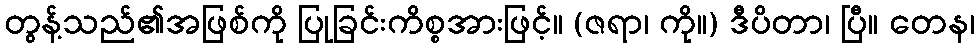
တွန့်သည်၏အဖြစ်ကို ပြုခြင်းကိစ္စအားဖြင့်။ (ဇရာ၊ ကို။) ဒီပိတာ၊ ပြီ။ တေန၊